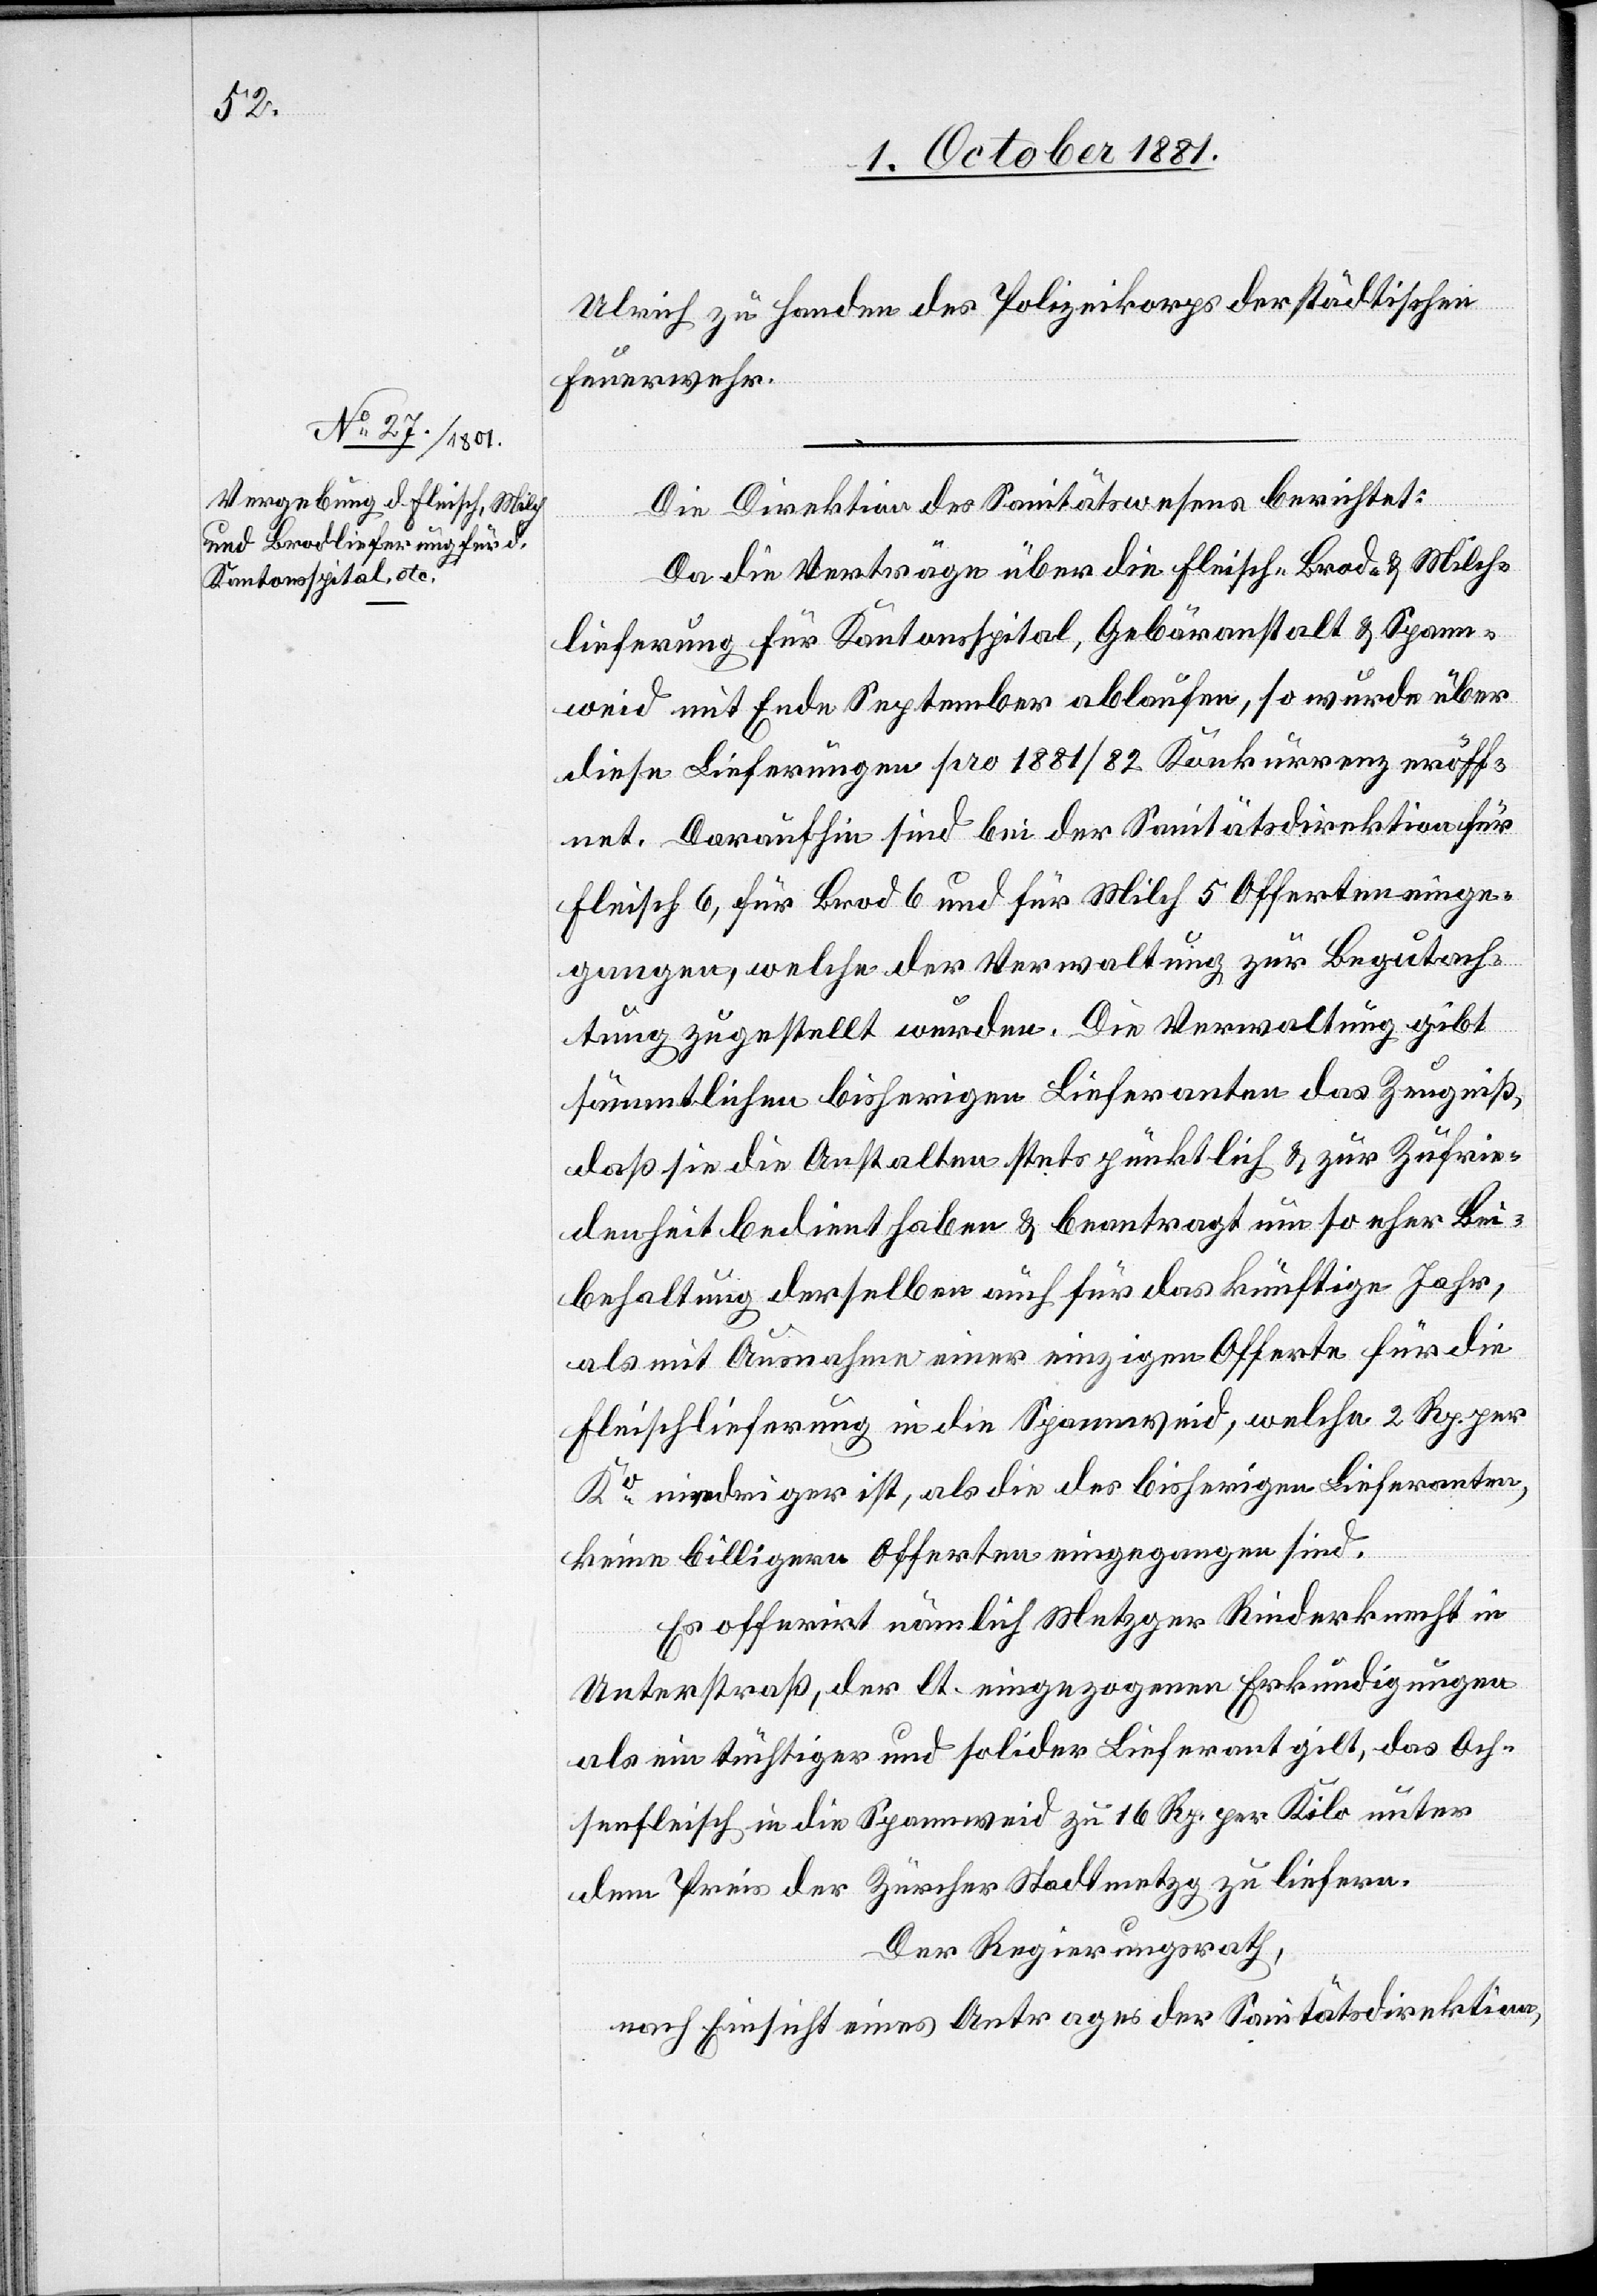
Die Direktion des Sanitätswesens berichtet:
Da die Verträge über die Fleisch-[,] Brod- & Milch¬
lieferung für Kantonsspital, Gebäranstalt & Spann¬
weid mit Ende September ablaufen, so wurde über
diese Lieferungen pro 1881/82 Konkurrenz eröff¬
net. Daraufhin sind bei der Sanitätsdirektion für
Fleisch 6, für Brod 6 und für Milch 5 Offerten einge¬
gangen, welche der Verwaltung zur Begutach¬
tung zugestellt wurden. Die Verwaltung gibt
sämmtlichen bisherigen Lieferanten das Zeugniß,
daß sie die Anstalten stets pünktlich & zur Zufrie¬
denheit bedient haben & beantragt um so eher Bei¬
behaltung derselben auch für das künftige Jahr,
als mit Ausnahme einer einzigen Offerte für die
Fleischlieferung in die Spannweid, welche 2 Rp. per
Ko niedriger ist, als die des bisherigen Lieferanten,
keine billigeren Offerten eingegangen sind.
Es offerirt nämlich Metzger Rinderknecht in
Unterstraß, der lt. eingezogenen Erkundigungen
als ein tüchtiger und solider Lieferant gilt, das Och¬
senfleisch in die Spannweid zu 16 Rp. per Kilo unter
dem Preis der Zürcher Stadtmetzg zu liefern.
Der Regierungsrath,
nach Einsicht eines Antrages der Sanitätsdirektion,